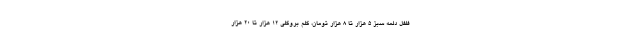
فلفل دلمه سبز ۵ هزار تا ۸ هزار تومان، کلم بروکلی ۱۲ هزار تا ۲۰ هزار